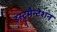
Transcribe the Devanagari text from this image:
इंस्ट्रूमैन्टेशन